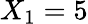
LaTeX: X_{1}=5